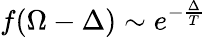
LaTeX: f(\Omega-\Delta)\sim e^{-\frac{\Delta}{T}}